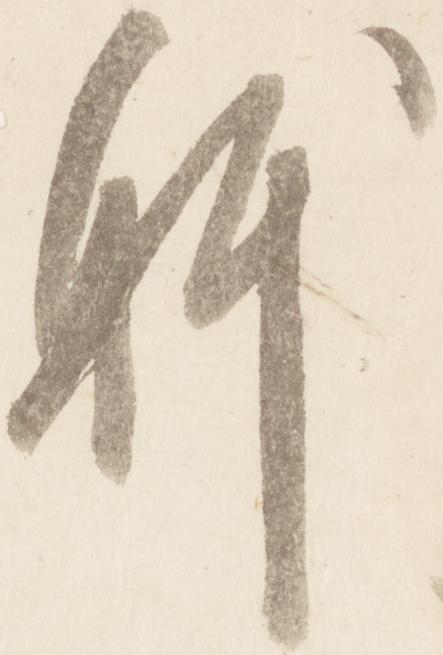
躰